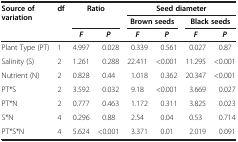
| Source of variation | df | <COLSPAN=2> Ratio | <COLSPAN=4> Seed diameter |
 |  |  | <COLSPAN=2>  | <COLSPAN=2> Brown seeds | <COLSPAN=2> Black seeds |
 |  |  | F | P | F | P | F | P |
 | --- | --- | --- | --- | --- | --- | --- | --- |
 | Plant Type (PT) | 1 | 4.997 | 0.028 | 0.339 | 0.561 | 0.027 | 0.87 |
 | Salinity (S) | 2 | 1.261 | 0.288 | 22.411 | <0.001 | 11.295 | <0.001 |
 | Nutrient (N) | 2 | 0.828 | 0.44 | 1.018 | 0.362 | 20.347 | <0.001 |
 | PT*S | 2 | 3.592 | 0.032 | 9.18 | <0.001 | 3.669 | 0.027 |
 | PT*N | 2 | 0.777 | 0.463 | 1.172 | 0.311 | 3.825 | 0.023 |
 | S*N | 4 | 0.296 | 0.88 | 2.54 | 0.04 | 0.53 | 0.714 |
 | PT*S*N | 4 | 5.624 | <0.001 | 3.371 | 0.01 | 2.019 | 0.091 |